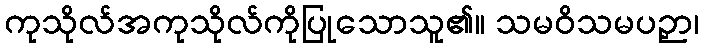
ကုသိုလ်အကုသိုလ်ကိုပြုသောသူ၏။ သမဝိသမပဉှာ၊